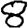
Digit: 8